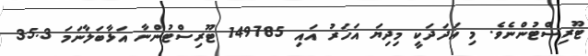
ޓޫރިސްޓުންނެވެ. މި އަދަދަކީ މިދިޔަ އަހަރު އައި 149785 ޓޫރިސްޓުންނާ އަޅާބަލާނަމަ 35.3